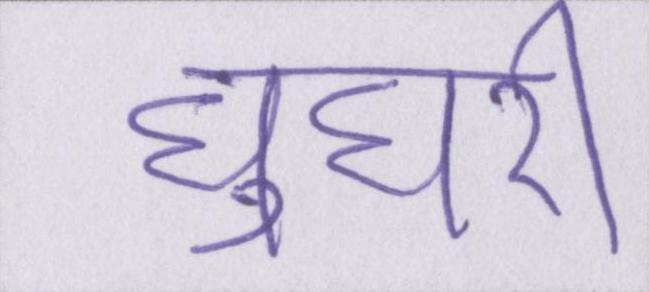
घुघरी